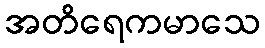
အတိရေကမာသေ